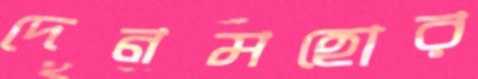
দেনমহোর